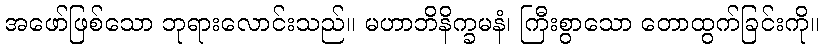
အဖော်ဖြစ်သော ဘုရားလောင်းသည်။ မဟာဘိနိက္ခမနံ၊ ကြီးစွာသော တောထွက်ခြင်းကို။